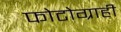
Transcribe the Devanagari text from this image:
फोटोग्राही